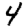
Digit: 4